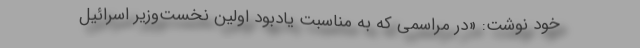
خود نوشت: «در مراسمی که به مناسبت یادبود اولین نخست‌وزیر اسرائیل